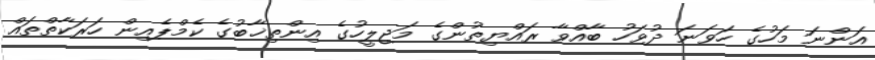
އަންނަ މަހުގެ ހަވަނަ ދުވަހު ބާއްވާ ރައްޔިތުންގެ މަޖިލީހުގެ އިންތިޚާބުގެ ކެމްޕެއިން ހަރަކާތްތައް